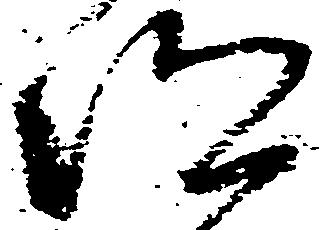
仰